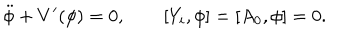
LaTeX: \ddot { \phi } + V ^ { \prime } ( \phi ) = 0 , \qquad [ Y _ { i } , \phi ] = [ A _ { 0 } , \phi ] = 0 .